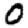
Digit: 0